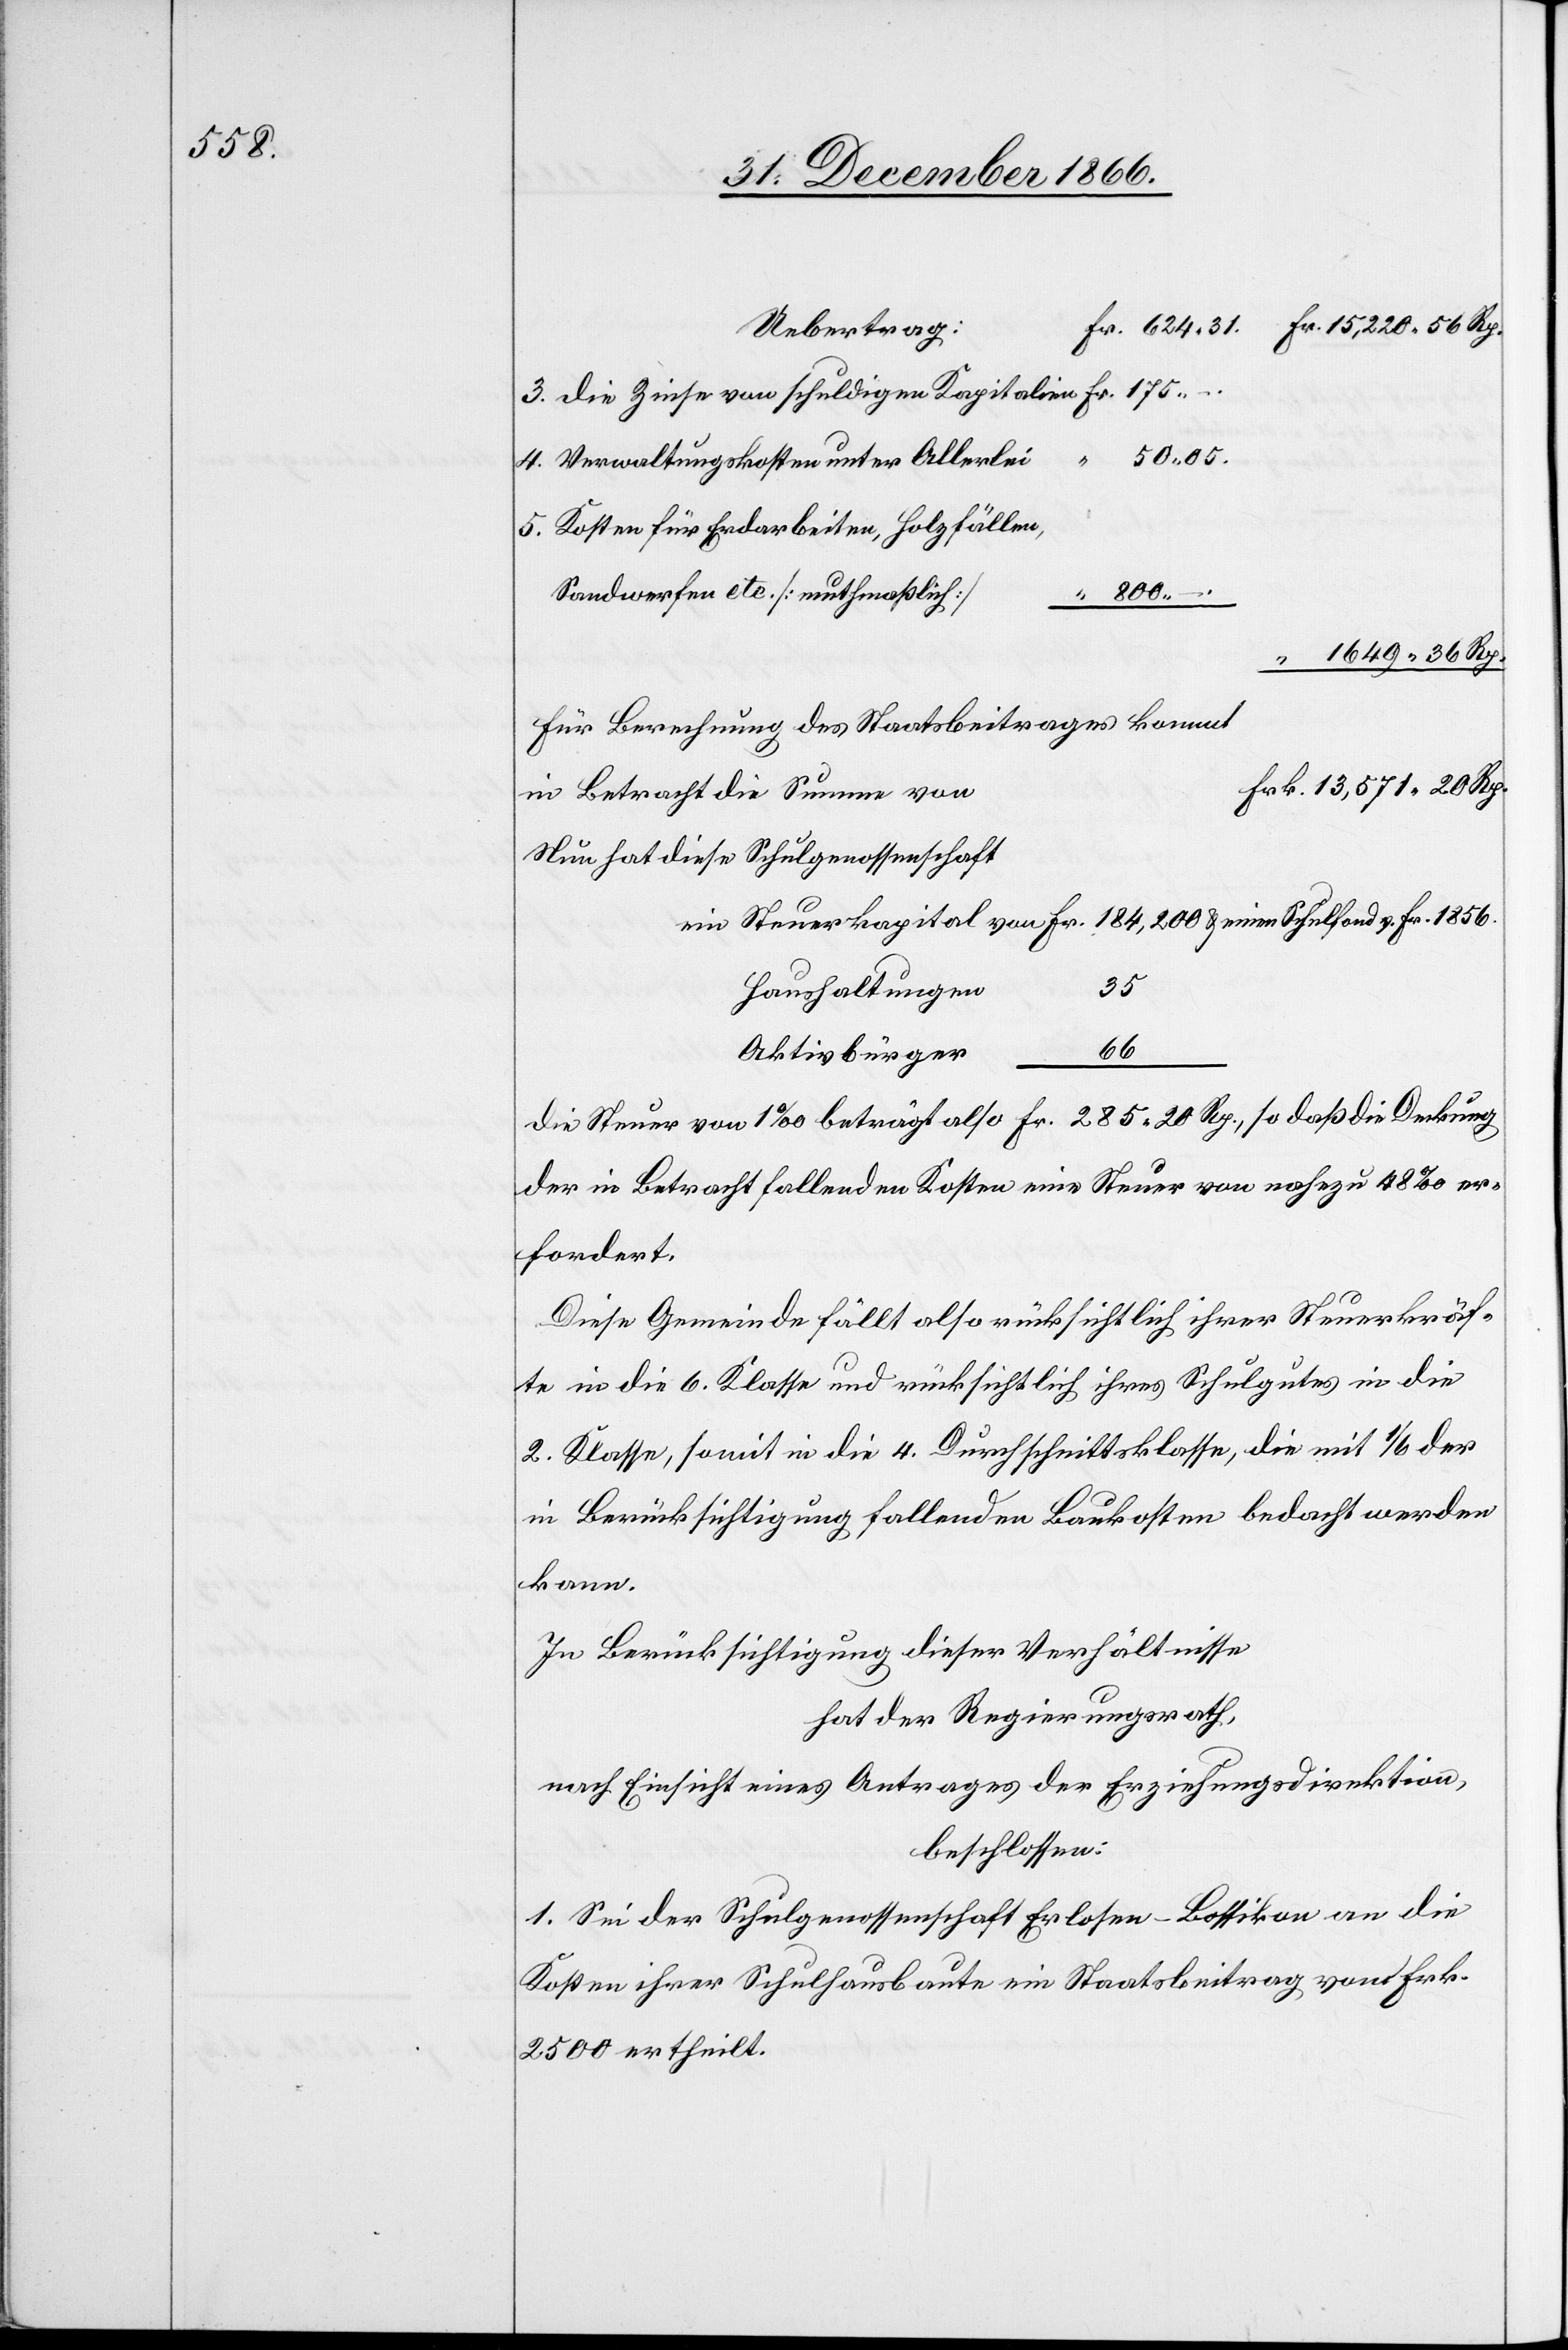
3. die Zinse von schuldigen Kapitalien
50.05.
r		66
4. Verwaltungskosten unter Allerlei
5. Kosten für Erdarbeiten, Holzfällen,
Sandwerfen etc. [muthmaßlich]
Für Berechnung des Staatsbeitrages kommt
in Betracht die Summe von
Nun hat diese Schulgenossenschaft
ein Steuerkapital von	Frk. 184 200 & einen Schulfond v. Fr. 1856.
Haushaltungen	35
1649.
Aktivbürge¬
die Steuer von 1 ‰ beträgt also	Fr. 285.20 Rp., so daß die Deckung
der in Betracht fallenden Kosten eine Steuer von nahezu 48 ‰ er¬
fordert.
Diese Gemeinde fällt also rücksichtlich ihrer Steuerkräf¬
te in die 6. Klasse und rücksichtlich ihres Schulgutes in die
2. Klasse, somit in die 4. Durchschnittsklasse, die mit 1/6 der
in Berücksichtigung fallenden Baukosten bedacht werden
kann.
In Berücksichtigung dieser Verhältnisse,
hat der Regierungsrath,
nach Einsicht eines Antrages der Erziehungsdirektion,
beschlossen:
1. Sei der Schulgenossenschaft Erlosen-Bossikon an die
Kosten ihrer Schulhausbaute ein Staatsbeitrag von Frk.
2500 ertheilt.